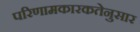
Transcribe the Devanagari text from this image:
परिणामकारकतेनुसार